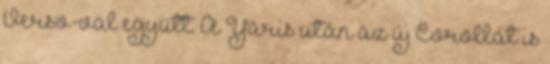
Verso-val együtt. A Yaris után az új Corollát is